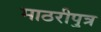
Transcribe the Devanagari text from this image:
माठरीपुत्र